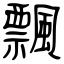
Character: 飄